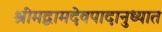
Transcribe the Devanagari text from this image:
श्रीमद्वामदेवपादानुध्यात